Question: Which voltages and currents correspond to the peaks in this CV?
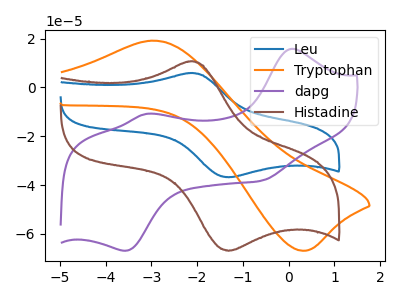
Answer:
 <answer>The blue curve "Leu" has an anodic peak at (-2.15V, 5.85uA) and a cathodic peak at (-1.30V, -36.85uA). The orange curve "Tryptophan" has an anodic peak at (-2.95V, 19.15uA) and a cathodic peak at (0.30V, -66.90uA). The purple curve "dapg" has anodic peaks at (0.05V, 15.75uA) (-3.10V, -10.90uA) and cathodic peaks at (-3.55V, -66.90uA) (-0.60V, -38.20uA). The brown curve "Histadine" has an anodic peak at (-2.15V, 10.60uA) and a cathodic peak at (-1.30V, -66.90uA).</answer>
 <eval></eval>